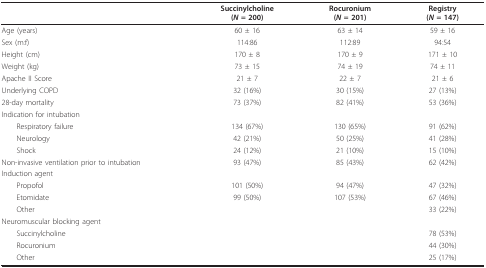
<table><thead><tr><td></td><td><b>Succinylcholine(<i>N </i>= 200)</b></td><td><b>Rocuronium(<i>N </i>= 201)</b></td><td><b>Registry(<i>N </i>= 147)</b></td></tr></thead><tbody><tr><td>Age (years)</td><td>60 ± 16</td><td>63 ± 14</td><td>59 ± 16</td></tr><tr><td>Sex (m:f)</td><td>114:86</td><td>112:89</td><td>94:54</td></tr><tr><td>Height (cm)</td><td>170 ± 8</td><td>170 ± 9</td><td>171 ± 10</td></tr><tr><td>Weight (kg)</td><td>73 ± 15</td><td>74 ± 19</td><td>74 ± 11</td></tr><tr><td>Apache II Score</td><td>21 ± 7</td><td>22 ± 7</td><td>21 ± 6</td></tr><tr><td>Underlying COPD</td><td>32 (16%)</td><td>30 (15%)</td><td>27 (13%)</td></tr><tr><td>28-day mortality</td><td>73 (37%)</td><td>82 (41%)</td><td>53 (36%)</td></tr><tr><td>Indication for intubation</td><td></td><td></td><td></td></tr><tr><td> Respiratory failure</td><td>134 (67%)</td><td>130 (65%)</td><td>91 (62%)</td></tr><tr><td> Neurology</td><td>42 (21%)</td><td>50 (25%)</td><td>41 (28%)</td></tr><tr><td> Shock</td><td>24 (12%)</td><td>21 (10%)</td><td>15 (10%)</td></tr><tr><td>Non-invasive ventilation prior to intubation</td><td>93 (47%)</td><td>85 (43%)</td><td>62 (42%)</td></tr><tr><td>Induction agent</td><td></td><td></td><td></td></tr><tr><td> Propofol</td><td>101 (50%)</td><td>94 (47%)</td><td>47 (32%)</td></tr><tr><td> Etomidate</td><td>99 (50%)</td><td>107 (53%)</td><td>67 (46%)</td></tr><tr><td> Other</td><td></td><td></td><td>33 (22%)</td></tr><tr><td>Neuromuscular blocking agent</td><td></td><td></td><td></td></tr><tr><td> Succinylcholine</td><td></td><td></td><td>78 (53%)</td></tr><tr><td> Rocuronium</td><td></td><td></td><td>44 (30%)</td></tr><tr><td> Other</td><td></td><td></td><td>25 (17%)</td></tr></tbody></table>